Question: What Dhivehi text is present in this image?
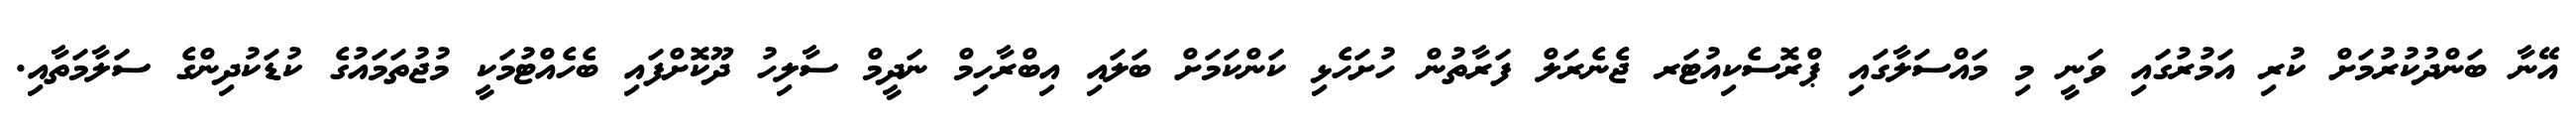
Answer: އޭނާ ބަންދުކުރުމަށް ކުރި އަމުރުގައި ވަނީ މި މައްސަލާގައި ޕްރޮސެކިއުޓަރ ޖެނެރަލް ފަރާތުން ހުށަހެޅި ކަންކަމަށް ބަލައި އިބްރާހިމް ނަދީމް ސާލިހު ދޫކޮށްފައި ބެހެއްޓުމަކީ މުޖުތަމައުގެ ކުޑަކުދިންގެ ސަލާމަތާއި.